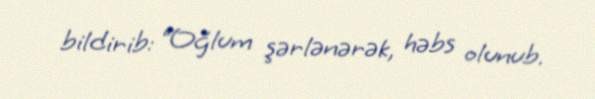
bildirib: “Oğlum şərlənərək, həbs olunub.